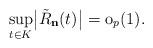
LaTeX: \begin{align*}\sup_{t\in K}\bigl|\tilde{R}_{\mathbf{n}}(t)\bigr|=\mathrm{o}_{p}(1).\end{align*}